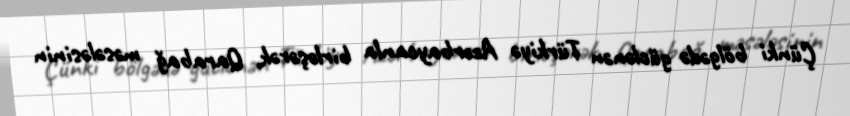
Çünki bölgədə güclənən Türkiyə Azərbaycanla birləşərək, Qarabağ məsələsinin